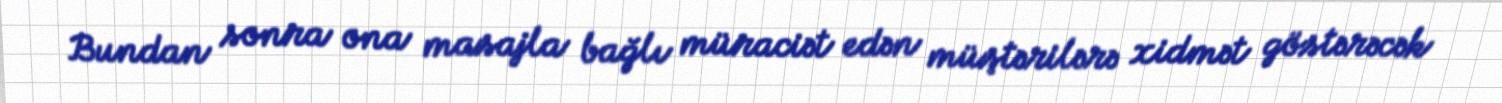
Bundan sonra ona masajla bağlı müraciət edən müştərilərə xidmət göstərəcək